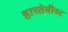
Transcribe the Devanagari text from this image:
हारतेबीस्ट